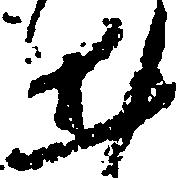
出